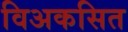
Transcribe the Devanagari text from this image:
विअकसित